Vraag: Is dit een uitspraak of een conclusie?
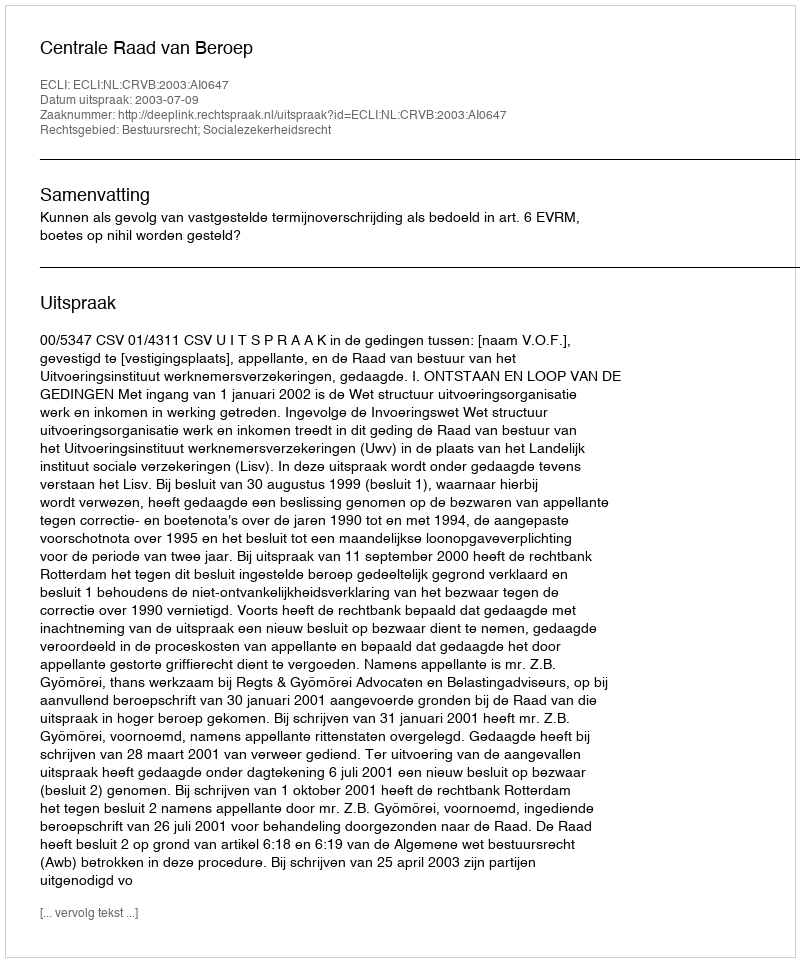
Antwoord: Uitspraak